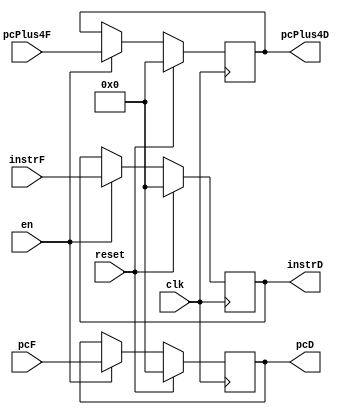
`timescale 1ns / 1ps
//////////////////////////////////////////////////////////////////////////////////
// Company: 
// Engineer: 
// 
// Design Name: 
// Module Name:    IF_ID 
// Project Name: 
// Target Devices: 
// Tool versions: 
// Description: 
//
// Dependencies: 
//
// Revision: 
// Revision 0.01 - File Created
// Additional Comments: 
//
//////////////////////////////////////////////////////////////////////////////////
module IF_ID(
    input [31:0] instrF,
    input [31:0] pcF,
	 input clk,
    input en,
    input [31:0] pcPlus4F,
	 input reset,
	 
    output reg [31:0] instrD,
    output reg [31:0] pcD ,
    output reg [31:0] pcPlus4D
    );
	 always@(posedge clk)begin
	    if(reset)begin
		    instrD = 0;
			 pcD = 0;
			 pcPlus4D = 0;
		 end
		 else begin
	       if(en)begin
		       instrD <= instrF;
			    pcD <= pcF;
			    pcPlus4D <= pcPlus4F;
		    end
		    else begin
		       instrD <= instrD;
			    pcD <= pcD;
		   	 pcPlus4D <= pcPlus4D;
		    end
		end
	 end


endmodule